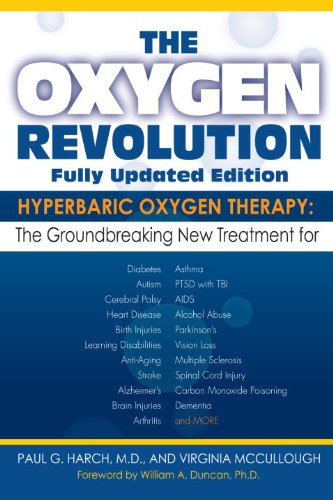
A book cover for The Oxygen Revolution: Hyperbaric Oxygen Therapy: The New Treatment for Post Traumatic Stress Disorder (PTSD), Traumatic Brain Injury, Stroke, Autism and More; Paul G. Harch M.D.; Medical Books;